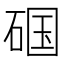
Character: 𱴏